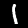
Label: 1